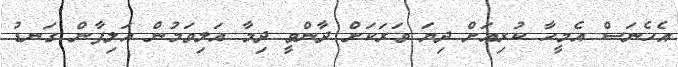
އެހެނަސް އެމީހާ ކުރިއަށް ދިޔަ ވަރަކަށް ދާންވީ ދިމާ އަލިވަމުން އަލިފާން ގަނޑު